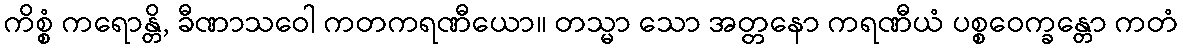
ကိစ္စံ ကရောန္တိ, ခီဏာသဝေါ ကတကရဏီယော။ တသ္မာ သော အတ္တနော ကရဏီယံ ပစ္စဝေက္ခန္တော ကတံ